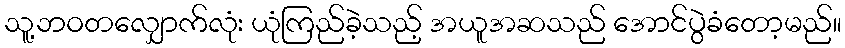
သူ့ဘဝတလျှောက်လုံး ယုံကြည်ခဲ့သည့် အယူအဆသည် အောင်ပွဲခံတော့မည်။